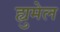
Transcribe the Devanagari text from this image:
ह्युमेल